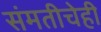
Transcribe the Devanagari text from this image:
संमतीचेही